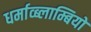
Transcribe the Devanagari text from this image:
धर्माव्ब्लाम्बियों